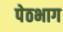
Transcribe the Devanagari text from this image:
पेठभाग